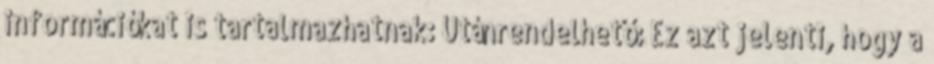
információkat is tartalmazhatnak: Utánrendelhető: Ez azt jelenti, hogy a